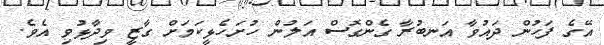
އޭގެ ފަހުން ދައުވާ އަނބުރާ ގެންގޮސް އަލުން ހުށަހެޅީކަމަށް ގާޒީ ވިދާޅުވި އެވެ.